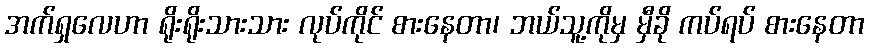
အက်ရှလေဟာ ရိုးရိုးသားသား လုပ်ကိုင် စားနေတာ၊ ဘယ်သူ့ကိုမှ မှီခို ကပ်ရပ် စားနေတာ